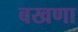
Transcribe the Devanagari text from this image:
बखणा